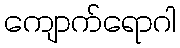
ကျောက်ရောဂါ